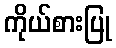
ကိုယ်စားပြု